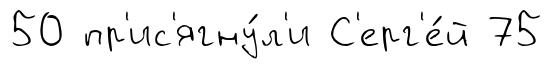
50 пр'ис'ягну́л'и С'ерг'е́й 75